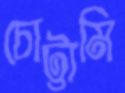
চোট্টামি